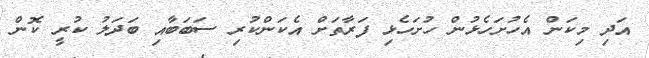
އަދި މިކަން އެހުށަހެޅުން ހުށަހެޅި ފަރާތަށް އެކަންކުރި ސަބަބާއި ބަދަލު ކުރީ ކޮން